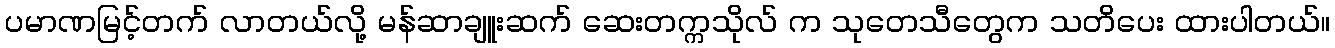
ပမာဏမြင့်တက် လာတယ်လို့ မန်ဆာချူးဆက် ဆေးတက္ကသိုလ် က သုတေသီတွေက သတိပေး ထားပါတယ်။